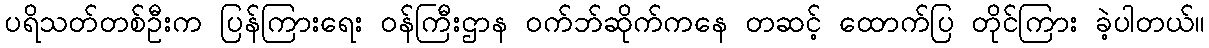
ပရိသတ်တစ်ဦးက ပြန်ကြားရေး ဝန်ကြီးဌာန ဝက်ဘ်ဆိုက်ကနေ တဆင့် ထောက်ပြ တိုင်ကြား ခဲ့ပါတယ်။